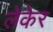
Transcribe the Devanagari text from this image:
लेकेर